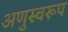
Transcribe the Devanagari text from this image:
अणुस्वरूप